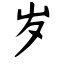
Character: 岁